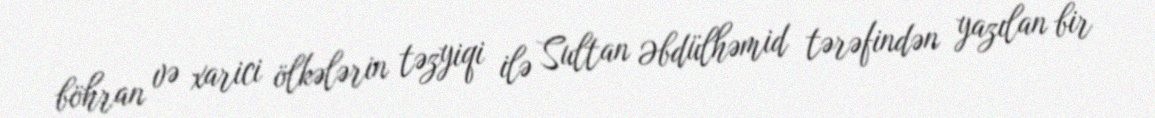
böhran və xarici ölkələrin təzyiqi ilə Sultan Əbdülhəmid tərəfindən yazılan bir